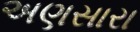
અણસારા